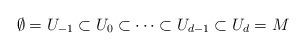
LaTeX: \begin{align*}\emptyset = U_{-1} \subset U_0 \subset \dots \subset U_{d-1} \subset U_d = M\end{align*}